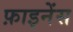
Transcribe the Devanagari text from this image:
फ़ाइनेंस